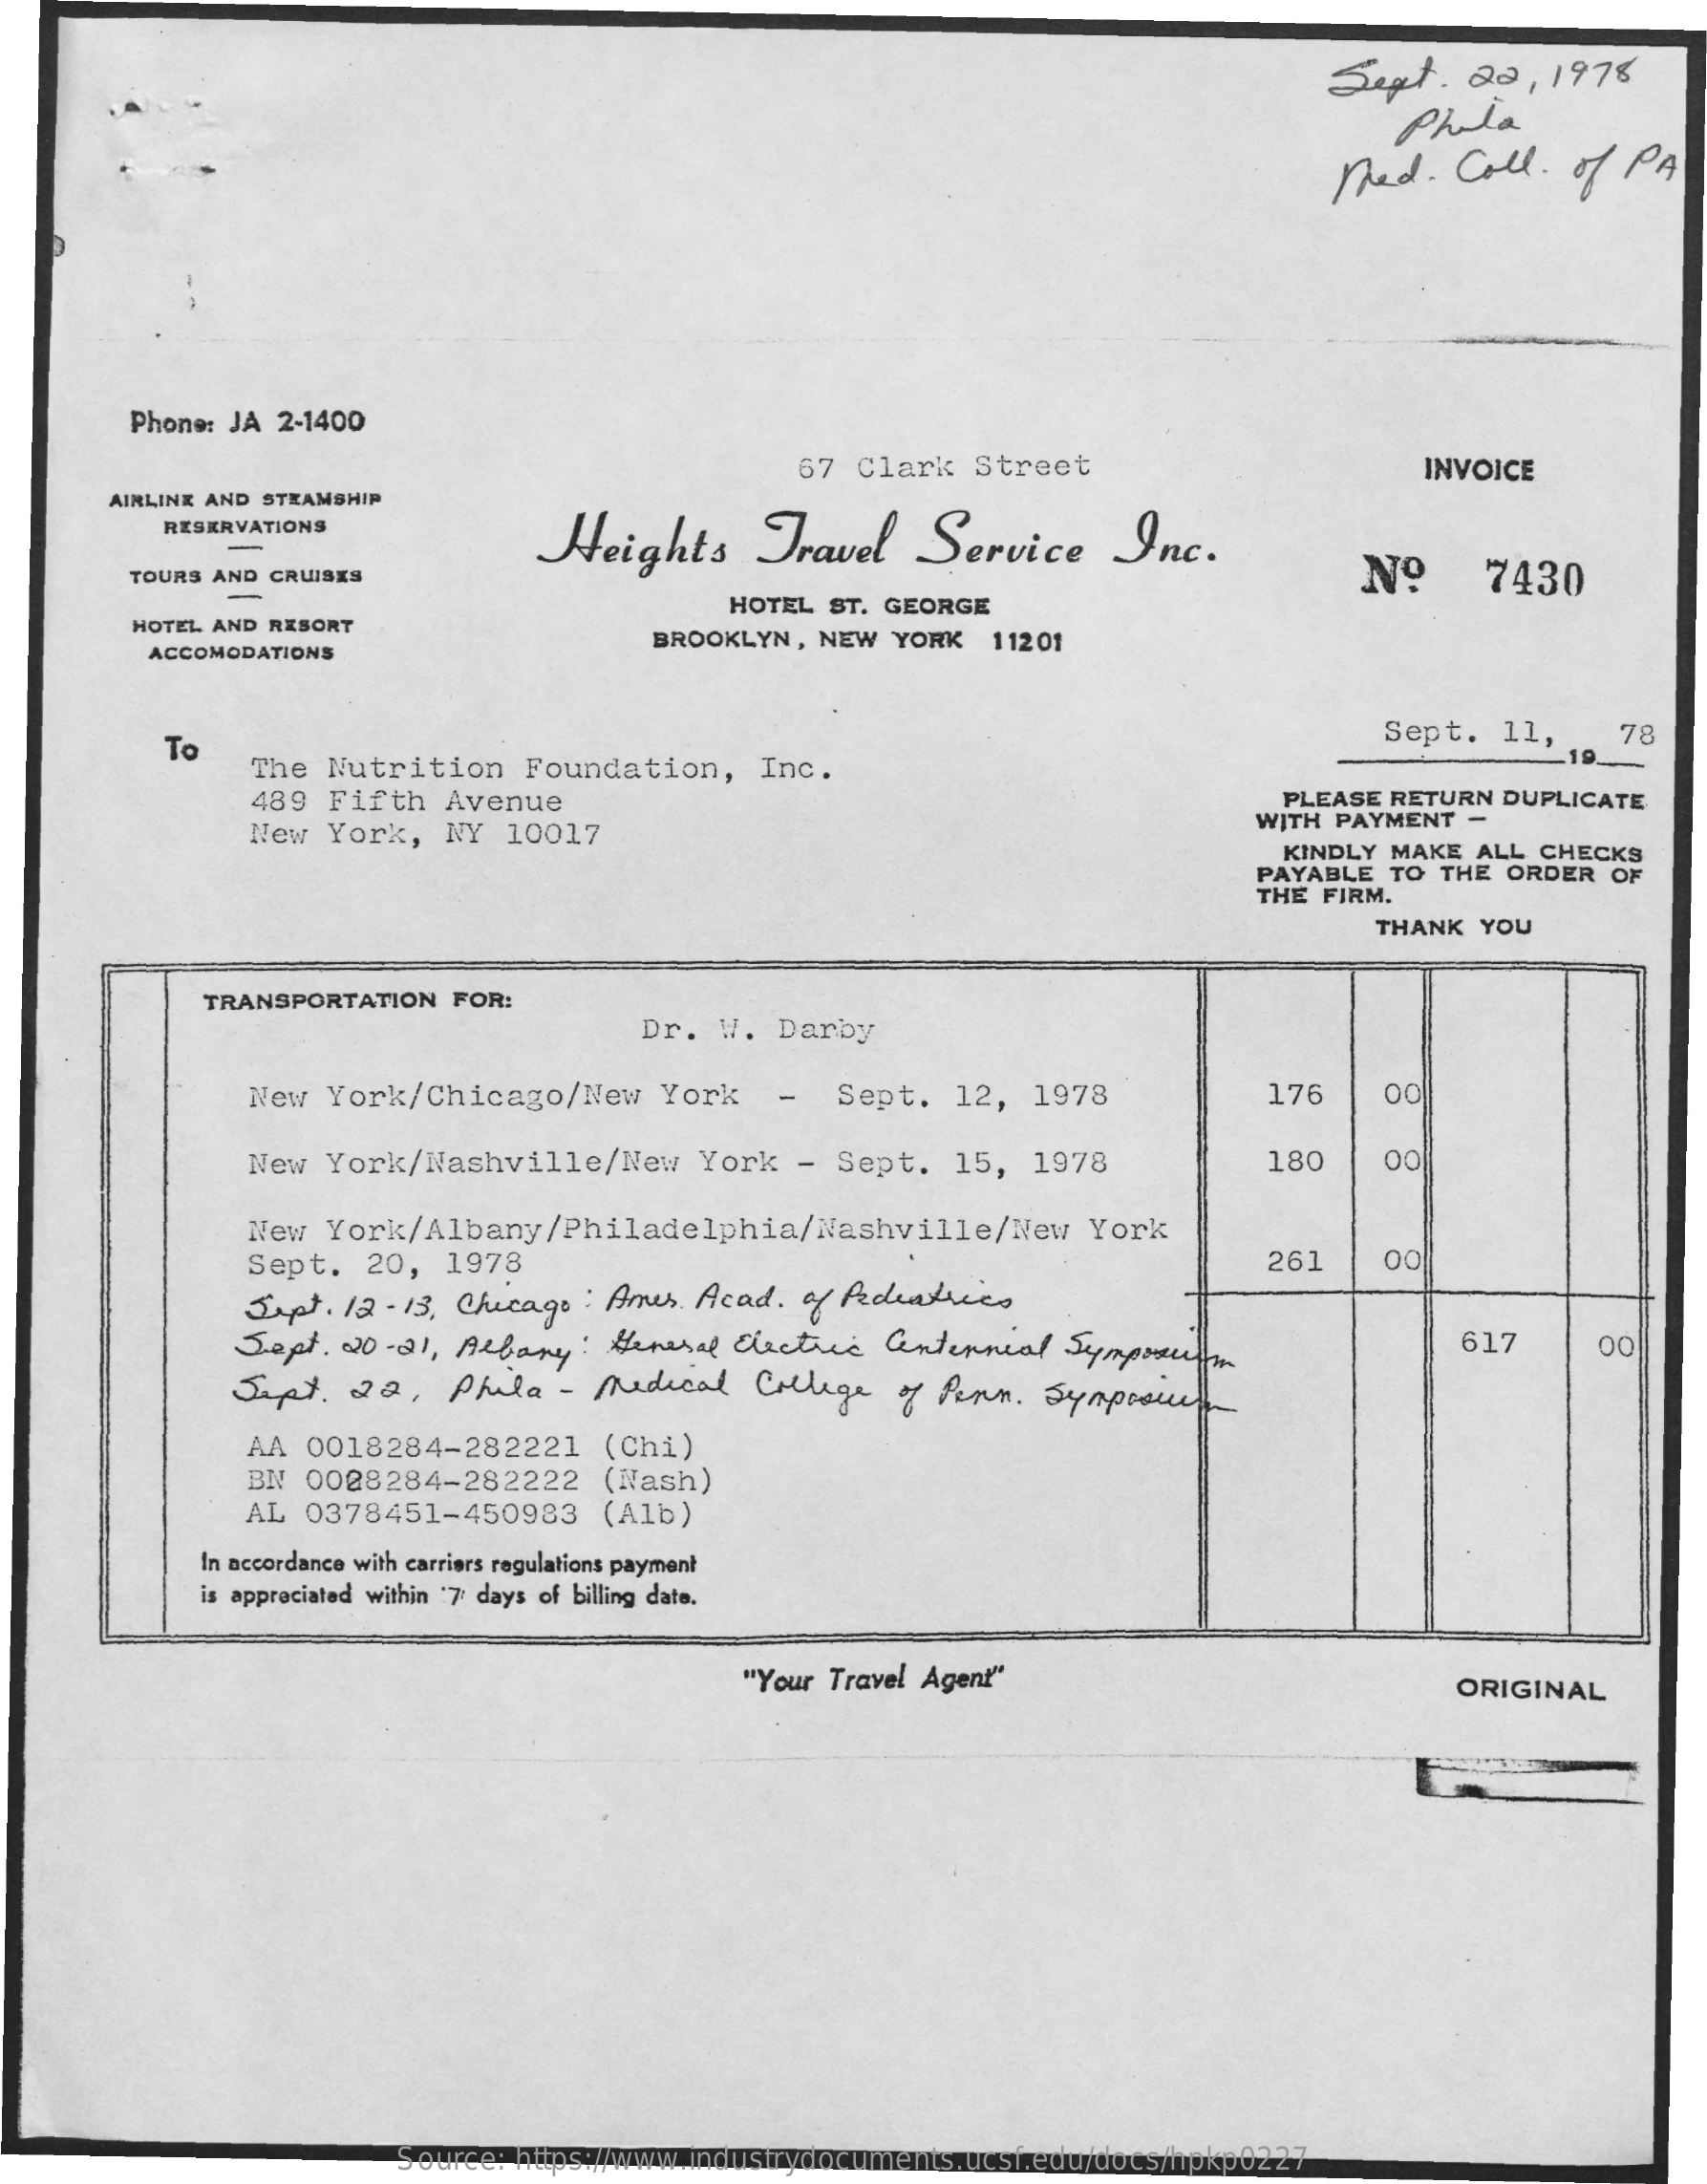
Sept.    22,  1978
     phila
     Med.    Coll.  of  PA
     Phone: JA 2-1400
     67 Clark   Street    INVOICE
     AIRLINE AND STEAMSHIP
     RESERVATIONS
     Heights    Travel    Service    Inc.
     TOURS AND CRUISES    Nº    7430
     HOTEL ST. GEORGE
     HOTEL AND RESORT
     ACCOMODATIONS
     BROOKLYN,  NEW  YORK  11201
     To
     Sept.  11,    78
     The  Nutrition    Foundation,    Inc.
     489 Fifth   Avenue    PLEASE RETURN DUPLICATE
     New  York,   NY  10017    WITH PAYMENT -
     KINDLY MAKE  ALL CHECKS
     PAYABLE TO THE  ORDER OF
     THE FIRM.
     THANK  YOU
     TRANSPORTATION  FOR:
     Dr.  W. Darby
     New  York/Chicago/New    York    -  Sept.   12,  1978    176    00
     New  York/Nashville/New    York   - Sept.   15,  1978    180    00
     New  York/Albany/Philadelphia/Nashville/New    York
     Sept.   20,  1978    261    00
     Sept. 12- 13, Chicago : Amer. Acad. of Pediatrics
     Sept.  220- 21, Albany : y: General Electric antenneal Symposium    617    00
     Sept.  22,    Phila  - Medical   College   of Penn. Symposi
     AA  0018284-282221    (Chi)
     BN  0008284-282222    (Nash)
     AL  0378451-450983    (Alb)
     In accordance with carriers regulations payment
     is appreciated within 7 days of billing date.
     "Your Travel Agent"    ORIGINAL
     Source: https://www.industrydocuments.ucsf.edu/docs/hpkp0227